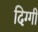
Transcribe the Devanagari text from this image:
दिग्गी